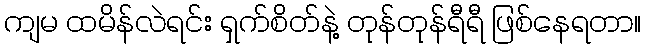
ကျမ ထမိန်လဲရင်း ရှက်စိတ်နဲ့ တုန်တုန်ရီရီ ဖြစ်နေရတာ။